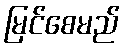
မြင်စေမည်